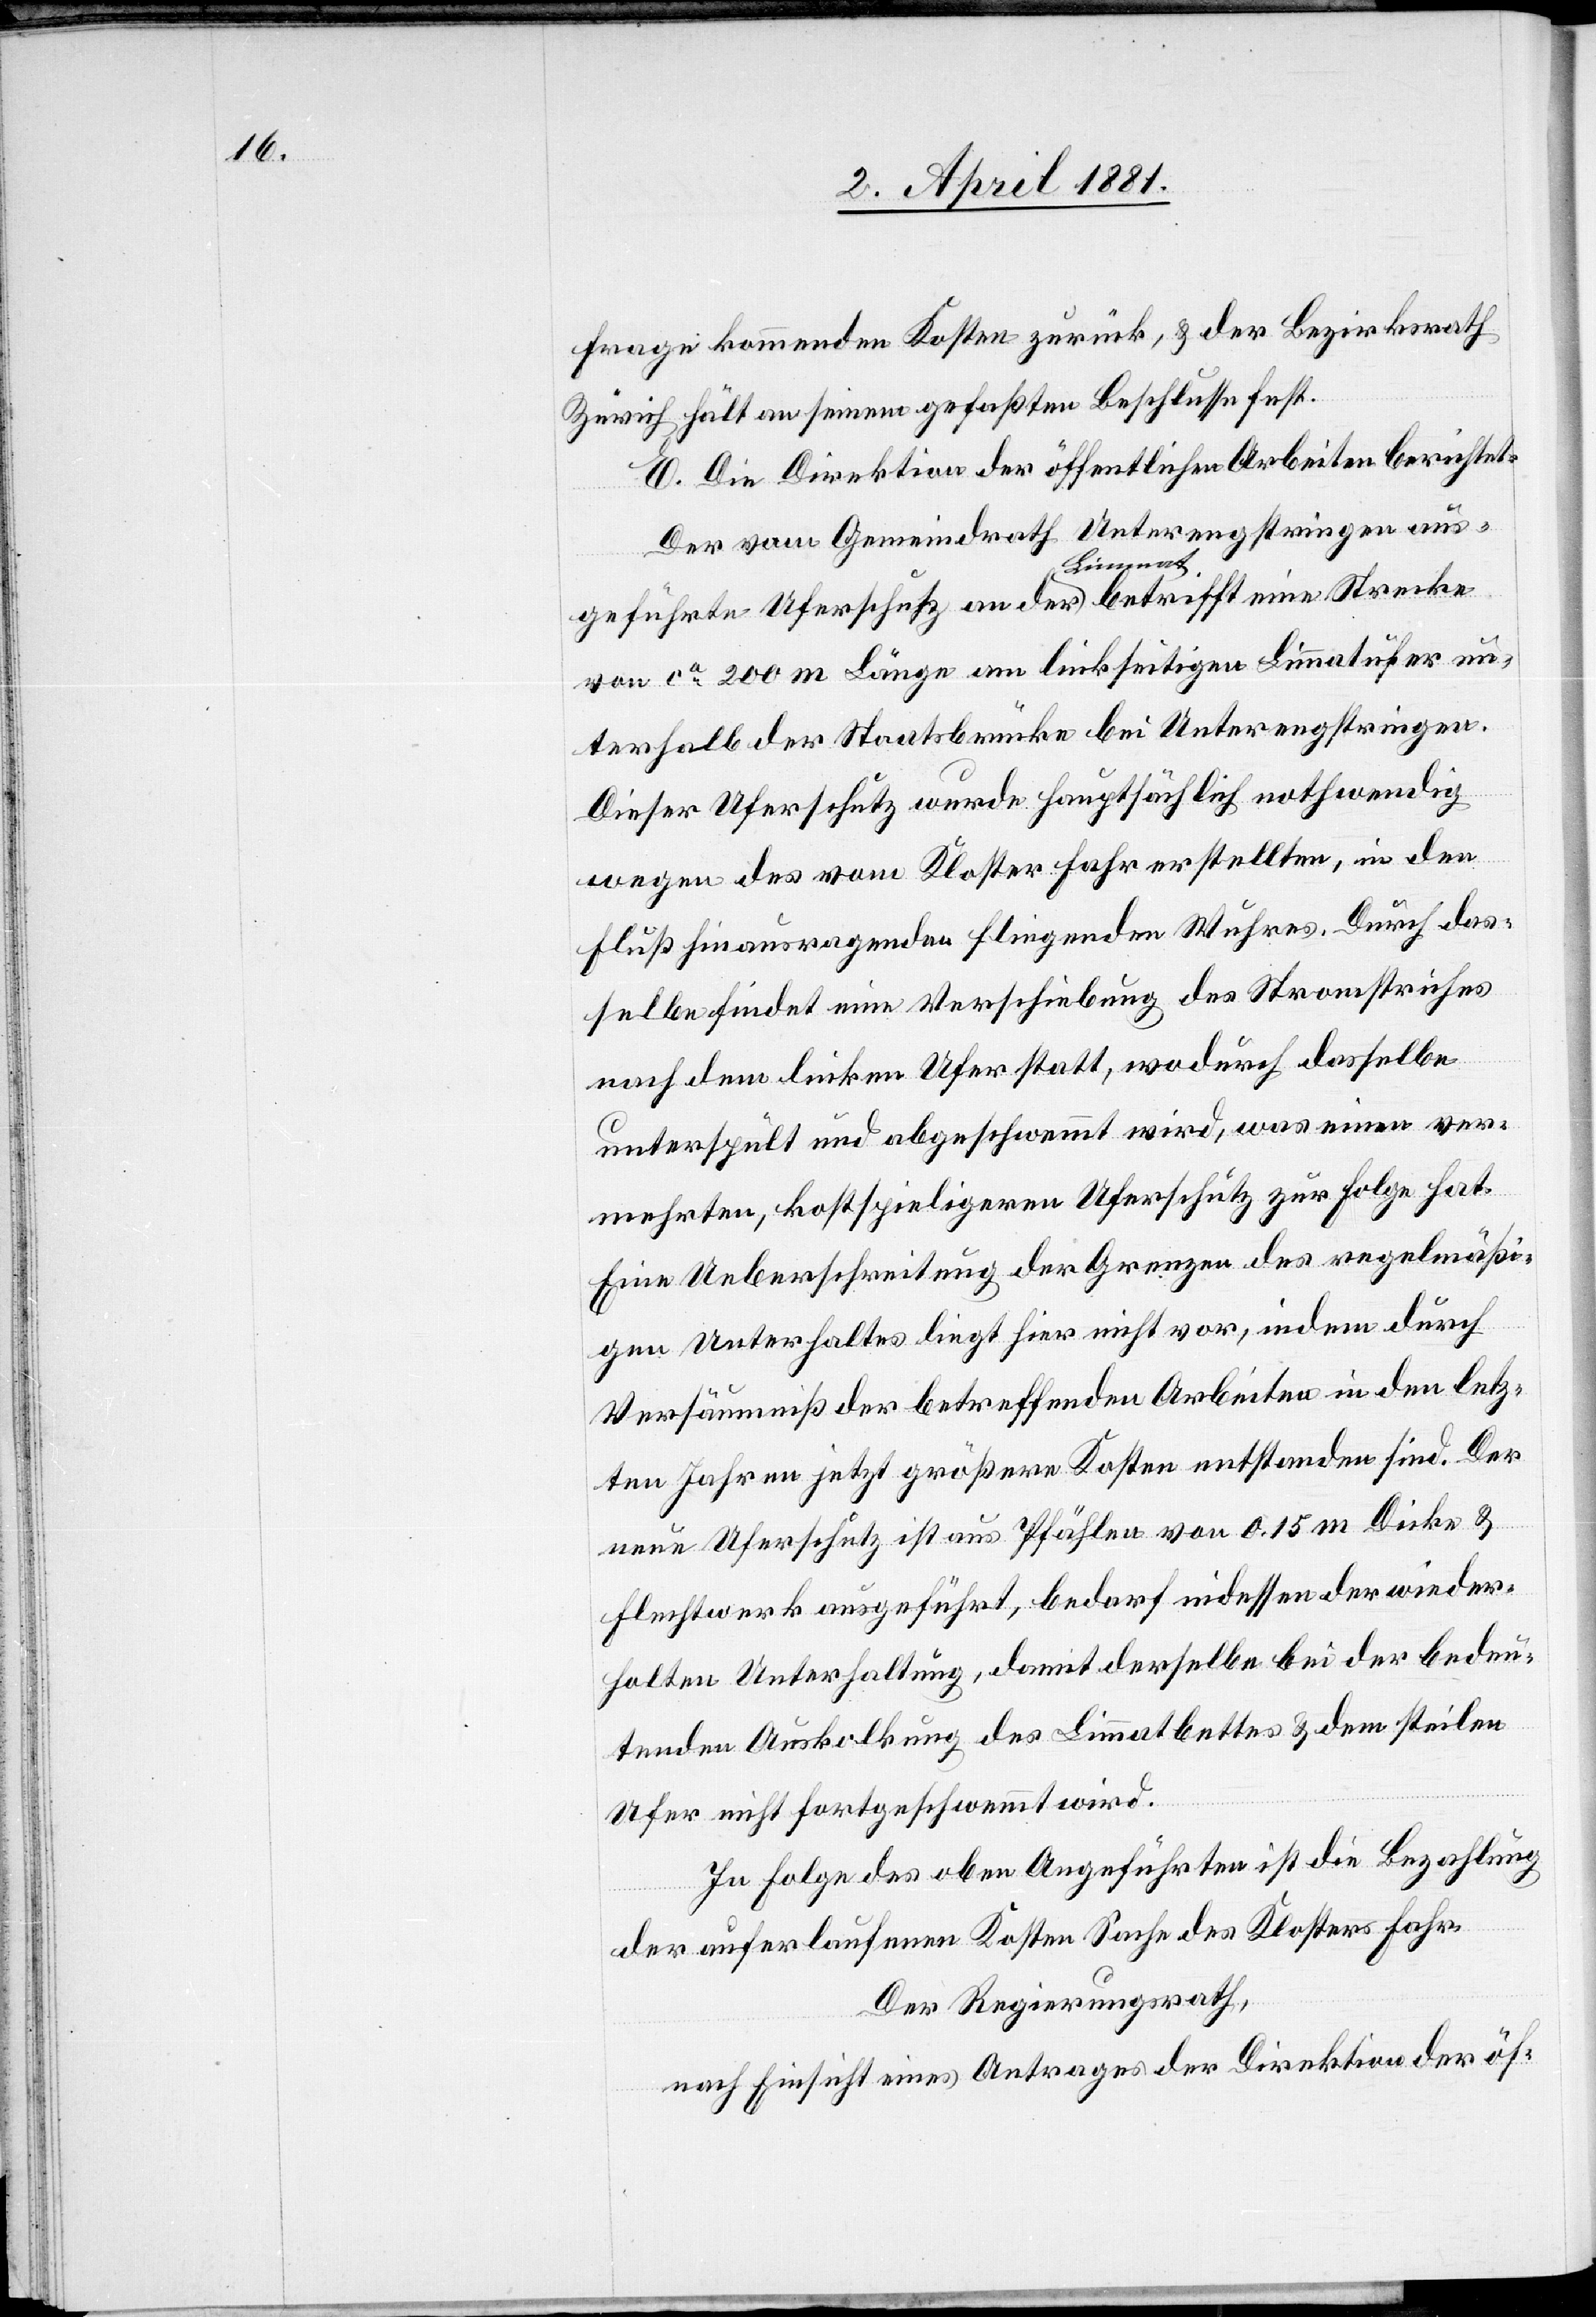
Frage kommenden Kosten zurück, & der Bezirksrath
Zürich hält an seinem gefaßten Beschlusse fest.
E. Die Direktion der öffentlichen Arbeiten berichtet:
Der vom Gemeindrath Unterengstringen aus¬
geführte Uferschutz an der a-Limmat-a betrifft eine Strecke
von ca 200 m Länge am linkseitigen Limmatufer un¬
terhalb der Staatsbrücke bei Unterengstringen.
Dieser Uferschutz wurde hauptsächlich nothwendig
wegen des vom Kloster Fahr erstellten, in den
Fluß hinausragenden fliegenden Wuhres. Durch das¬
selbe findet eine Verschiebung des Stromstriches
nach dem linken Ufer statt, wodurch dasselbe
unterspült und abgeschwemmt wird, was einen ver¬
mehrten, kostspieligeren Uferschutz zur Folge hat.
Eine Ueberschreitung der Grenzen des regelmäßi¬
gen Unterhaltes liegt hier nicht vor, indem durch
Versäumniß der betreffenden Arbeiten in den letz¬
ten Jahren jetzt größere Kosten entstanden sind. Der
neue Uferschutz ist aus Pfählen von 0.15 m Dicke &
Flechtwerk ausgeführt, bedarf indessen der wieder¬
holten Unterhaltung, damit derselbe bei der bedeu¬
tenden Auskolkung des Limmatbettes & dem steilen
Ufer nicht fortgeschwemmt wird.
In Folge des oben Angeführten ist die Bezahlung
der auferlaufenen Kosten Sache des Klosters Fahr.
Der Regierungsrath,
nach Einsicht eines Antrages der Direktion der öf-